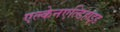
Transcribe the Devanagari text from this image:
एल्केनएल्डिहाइड